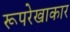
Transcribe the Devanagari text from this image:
रूपरेखाकार